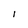
Character: 1